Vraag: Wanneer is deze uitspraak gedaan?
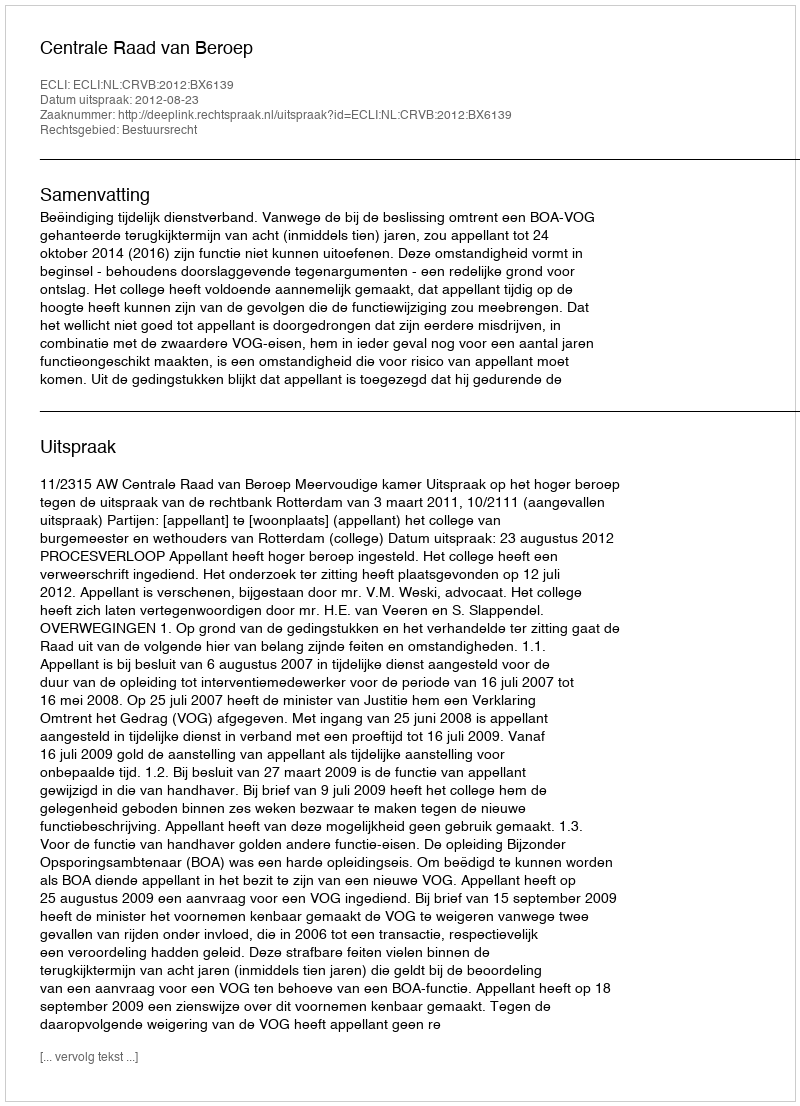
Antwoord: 2012-08-23